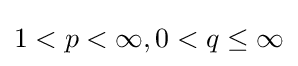
1<p<\infty ,0<q\leq \infty